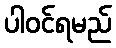
ပါဝင်ရမည်